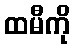
ထမီကို